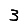
Digit: 3